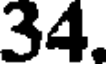
34.